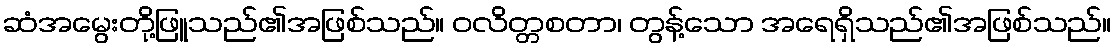
ဆံအမွေးတို့ဖြူသည်၏အဖြစ်သည်။ ဝလိတ္တစတာ၊ တွန့်သော အရေရှိသည်၏အဖြစ်သည်။